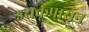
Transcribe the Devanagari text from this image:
इराकपासून